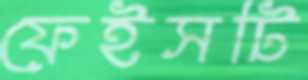
ফেইসটি